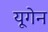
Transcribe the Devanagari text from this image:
यूगेन